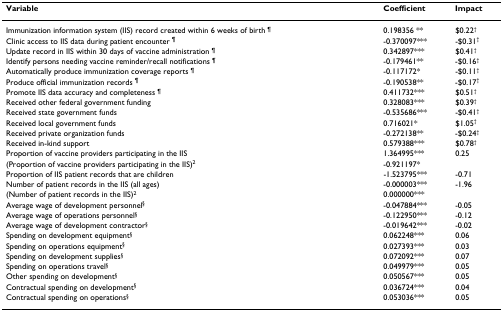
| Variable | Coefficient | Impact |
 | --- | --- | --- |
 | Immunization information system (IIS) record created within 6 weeks of birth ¶ | 0.198356 ** | $0.22† |
 | Clinic access to IIS data during patient encounter ¶ | -0.370097*** | -$0.31† |
 | Update record in IIS within 30 days of vaccine administration ¶ | 0.342897*** | $0.41† |
 | Identify persons needing vaccine reminder/recall notifications ¶ | -0.179461** | -$0.16† |
 | Automatically produce immunization coverage reports ¶ | -0.117172* | -$0.11† |
 | Produce official immunization records ¶ | -0.190538** | -$0.17† |
 | Promote IIS data accuracy and completeness ¶ | 0.411732*** | $0.51† |
 | Received other federal government funding | 0.328083*** | $0.39† |
 | Received state government funds | -0.535686*** | -$0.41† |
 | Received local government funds | 0.716021* | $1.05† |
 | Received private organization funds | -0.272138** | -$0.24† |
 | Received in-kind support | 0.579388*** | $0.78† |
 | Proportion of vaccine providers participating in the IIS | 1.364995*** | 0.25 |
 | (Proportion of vaccine providers participating in the IIS)2 | -0.921197* |  |
 | Proportion of IIS patient records that are children | -1.523795*** | -0.71 |
 | Number of patient records in the IIS (all ages) | -0.000003*** | -1.96 |
 | (Number of patient records in the IIS)2 | 0.000000*** |  |
 | Average wage of development personnel§ | -0.047884*** | -0.05 |
 | Average wage of operations personnel§ | -0.122950*** | -0.12 |
 | Average wage of development contractor§ | -0.019642*** | -0.02 |
 | Spending on development equipment§ | 0.062248*** | 0.06 |
 | Spending on operations equipment§ | 0.027393*** | 0.03 |
 | Spending on development supplies§ | 0.072092*** | 0.07 |
 | Spending on operations travel§ | 0.049979*** | 0.05 |
 | Other spending on development§ | 0.050567*** | 0.05 |
 | Contractual spending on development§ | 0.036724*** | 0.04 |
 | Contractual spending on operations§ | 0.053036*** | 0.05 |